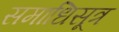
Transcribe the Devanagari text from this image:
समाधिसूत्र